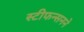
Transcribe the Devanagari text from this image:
स्टीफन्सनने